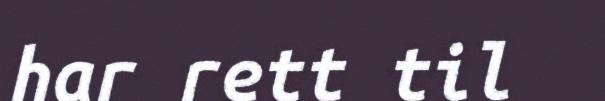
har rett til